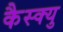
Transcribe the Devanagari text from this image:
कैस्क्यु